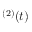
^ { ( 2 ) } ( t )